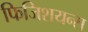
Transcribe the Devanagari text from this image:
फिजिशयन्स